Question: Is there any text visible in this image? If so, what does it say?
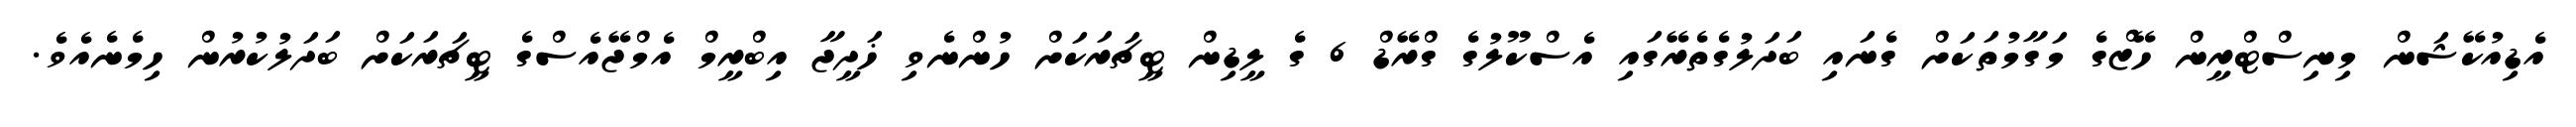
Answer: އެޑިއުކޭޝަން މިނިސްޓްރީން ހޭޒްގެ މަގާމުތަކަށް ގެނައި ބަދަލުގެތެރޭގައި އެސްކޫލުގެ ގްރޭޑް 6 ގެ ލީޑިން ޓީޗަރަކަށް ހުންނެވި ޚަދީޖާ އިބްރީމް އެމްޖޭއެސްގެ ޓީޗަރަކަށް ބަދަލުކުރުން ހިމެނެއެވެ.